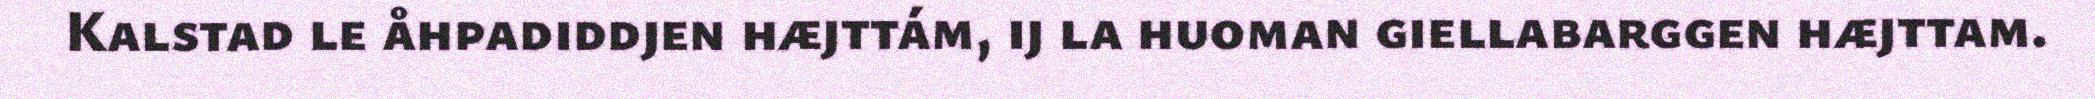
Kalstad le åhpadiddjen hæjttám, ij la huoman giellabarggen hæjttam.